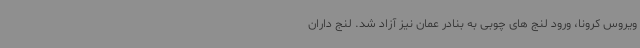
ویروس کرونا، ورود لنج های چوبی به بنادر عمان نیز آزاد شد. لنج داران